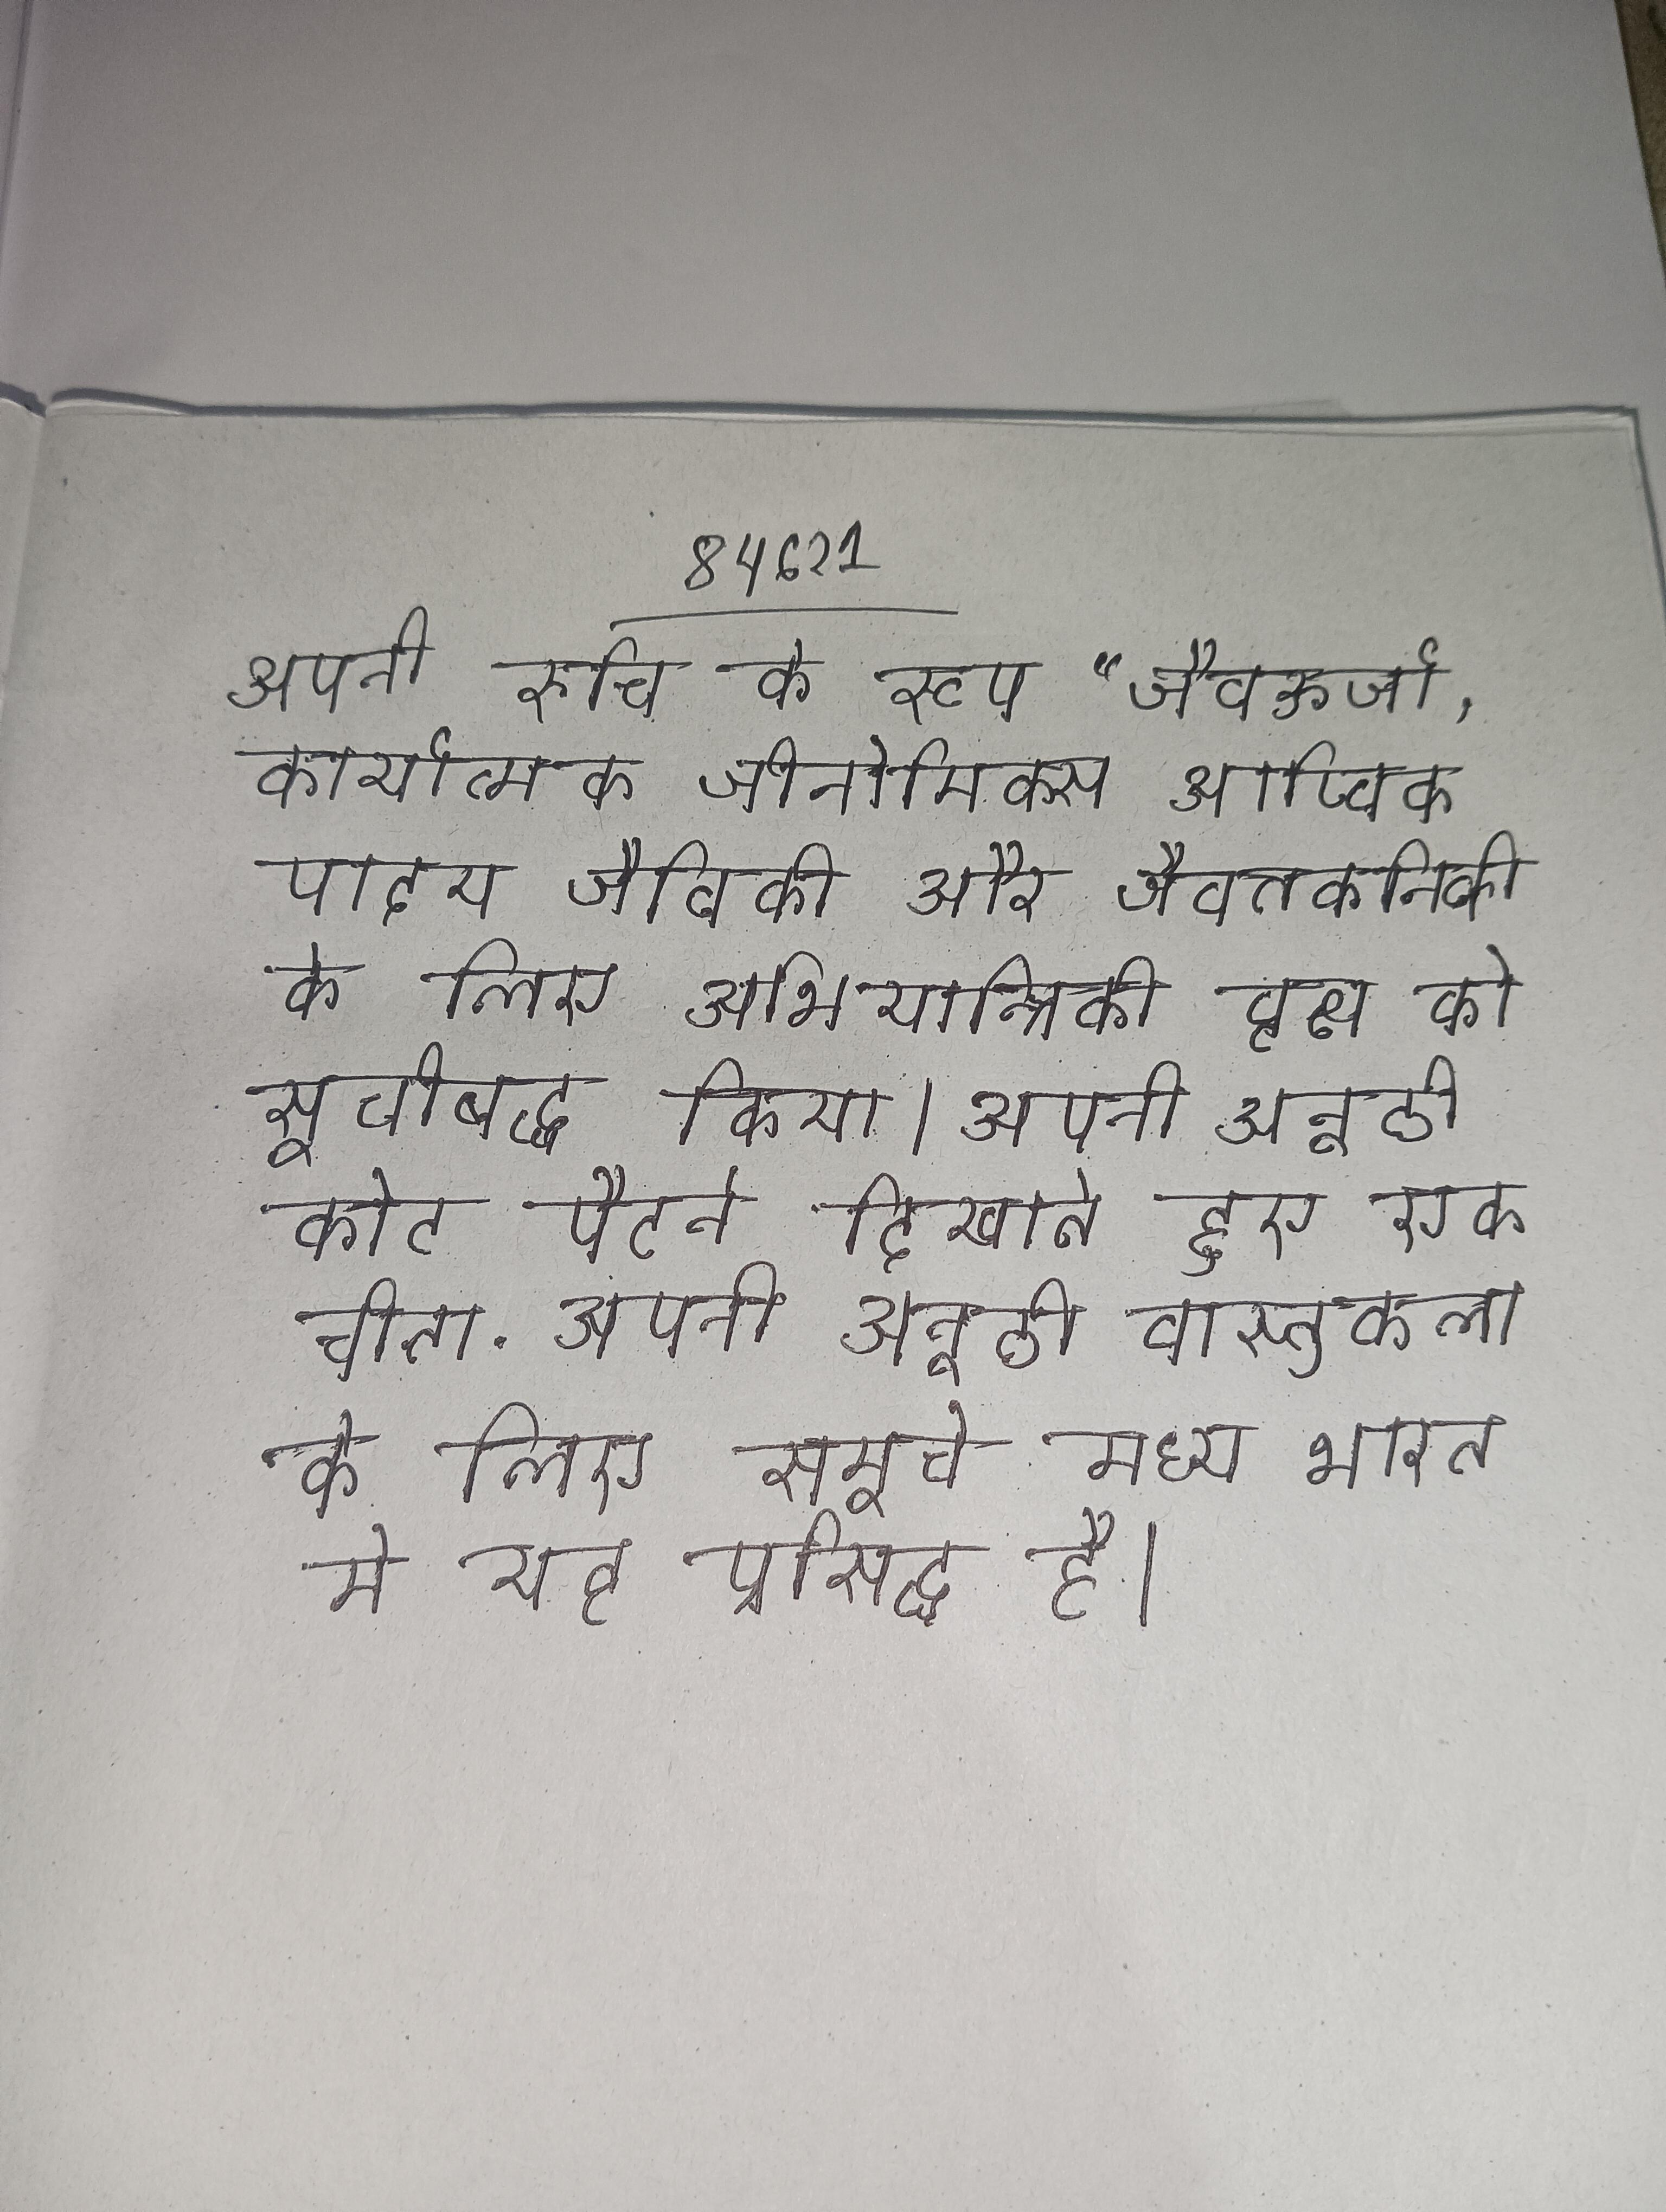
अपनी रुचि के रूप "जैवऊर्जा, कार्यात्मक जीनोमिक्स आण्विक पादप जैविकी और जैवतकनिकी के लिए अभियान्त्रिकी वृक्ष को सूचीबद्ध किया । अपनी अनूठी कोट पैटर्न दिखाते हुए एक चीता . अपनी अनूठी वास्तुकला के लिए समूचे मध्य भारत मे यह प्रसिद्ध है ।